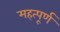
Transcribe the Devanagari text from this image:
महत्‍पूर्ण